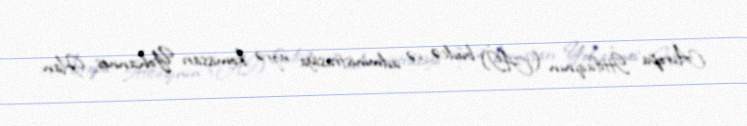
Avropa İttifaqının (Aİ) büdcə və administrasiya üzrə komissarı Yohannes Han: